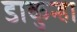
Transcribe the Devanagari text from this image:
डाकुन्हा